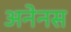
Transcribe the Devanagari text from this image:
अनेनस